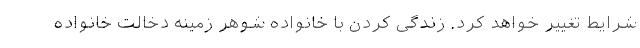
شرایط تغییر خواهد کرد. زندگی کردن با خانواده شوهر زمینه دخالت خانواده